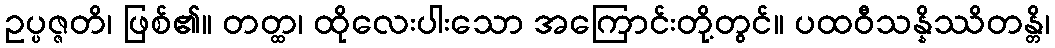
ဥပ္ပဇ္ဇတိ၊ ဖြစ်၏။ တတ္ထ၊ ထိုလေးပါးသော အကြောင်းတို့တွင်။ ပထဝီသန္နိဿိတန္တိ၊